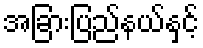
အခြားပြည်နယ်နှင့်